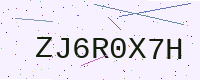
Text: ZJ6R0X7H